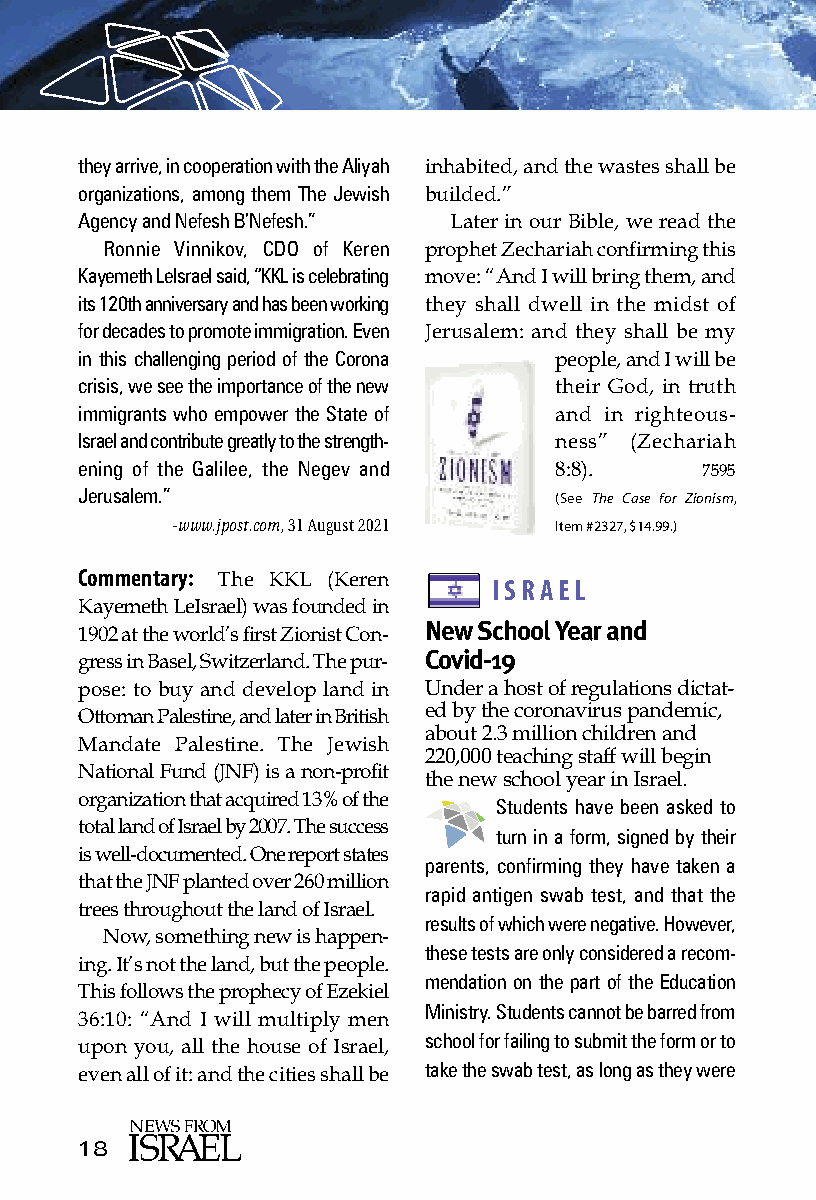
they arrive, in cooperation with the Aliyah
 inhabited, and the wastes shall be
 organizations, among them The Jewish
 builded.”
 Agency and Nefesh B’Nefesh.”
 Later in our Bible, we read the
 Ronnie Vinnikov, CDO of Keren
 prophet Zechariah confirming this
 Kayemeth LeIsrael said, “KKL is celebrating
 move: “And I will bring them, and
 its 120th anniversary and has been working
 they shall dwell in the midst of
 for decades to promote immigration. Even
 Jerusalem: and they shall be my
 in this challenging period of the Corona
 people, and I will be
 crisis, we see the importance of the new
 their God, in truth
 immigrants who empower the State of
 and in righteous-
 Israel and contribute greatly to the strength-
 ness” (Zechariah
 ening of the Galilee, the Negev and
 8:8).    7595
 Jerusalem.”                     (See The Case for Zionism,
 -www.jpost.com, 31 August 2021 Item #2327, $14.99.)
 Commentary:
 The KKL (Keren     ISRAEL
 Kayemeth LeIsrael) was founded in
 New School Year and
 1902 at the world’s first Zionist Con-
 Covid-19
 gress in Basel, Switzerland. The pur-
 pose: to buy and develop land in Under a host of regulations dictat-
 Ottoman Palestine, and later in British ed by the coronavirus pandemic,
 about 2.3 million children and
 Mandate Palestine. The Jewish
 220,000 teaching staff will begin
 National Fund (JNF) is a non-profit
 the new school year in Israel.
 organization that acquired 13% of the Students have been asked to
 total land of Israel by 2007. The success turn in a form, signed by their
 is well-documented. One report states parents, confirming they have taken a
 that the JNF planted over 260 million rapid antigen swab test, and that the
 trees throughout the land of Israel.
 results of which were negative. However,
 Now, something new is happen-
 these tests are only considered a recom-
 ing. It’s not the land, but the people.
 mendation on the part of the Education
 This follows the prophecy of Ezekiel
 Ministry. Students cannot be barred from
 36:10: “And I will multiply men
 school for failing to submit the form or to
 upon you, all the house of Israel,
 take the swab test, as long as they were
 even all of it: and the cities shall be
 18